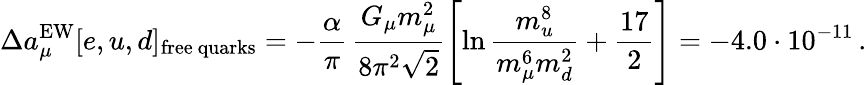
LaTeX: \Delta a_{\mu}^{\mathrm{EW}}[e,u,d]_{\mathrm{free~quarks}}=-\frac{\alpha}{\pi}\, \frac{G_{\mu}m_{\mu}^{2}}{8\pi^{2}\sqrt{2}}\left[\ln\frac{m_{u}^{8}}{m_{\mu}^{6}m_{d}^{2}}+\frac{17}{2}\right]=-4.0\cdot 10^{-11}\, .